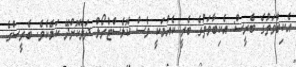
އެކިބާވަތުގެ ބެރީސް: އެކިބާވަތުގެ ބެރީ ކެއުމަކީ ވެސް ކޮލެސްޓްރޯލް ދަށްކޮށްދޭ ކަމެކެވެ. ބެރީސްގެ